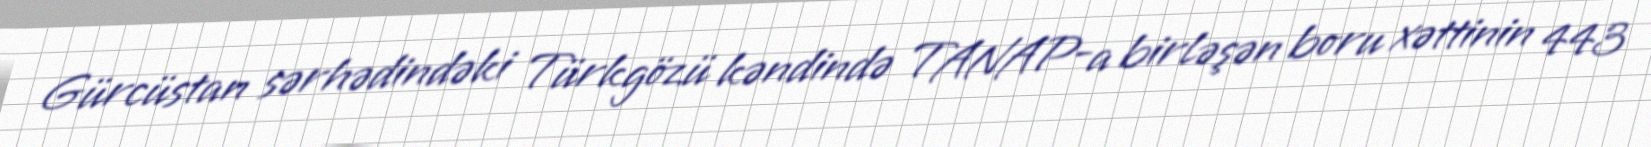
Gürcüstan sərhədindəki Türkgözü kəndində TANAP-a birləşən boru xəttinin 443